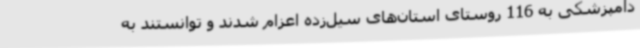
دامپزشکی به 116 روستای استان‌های سیل‌زده اعزام شدند و توانستند به